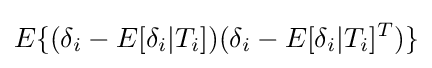
E\{(\delta _{i}-E[\delta _{i}|T_{i}])(\delta _{i}-E[\delta _{i}|T_{i}]^{T})\}